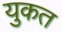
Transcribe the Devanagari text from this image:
युकत